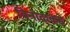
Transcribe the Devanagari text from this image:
विनोदाकडे